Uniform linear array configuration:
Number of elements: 32
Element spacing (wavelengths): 0.25
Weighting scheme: hamming
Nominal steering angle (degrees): -60
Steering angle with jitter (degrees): -58.96
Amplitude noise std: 0.05
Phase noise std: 0.05

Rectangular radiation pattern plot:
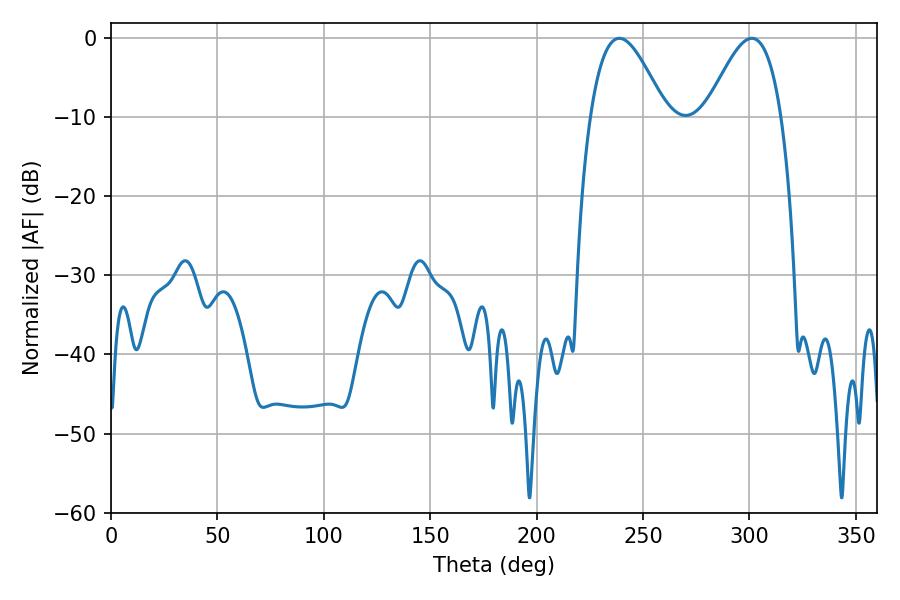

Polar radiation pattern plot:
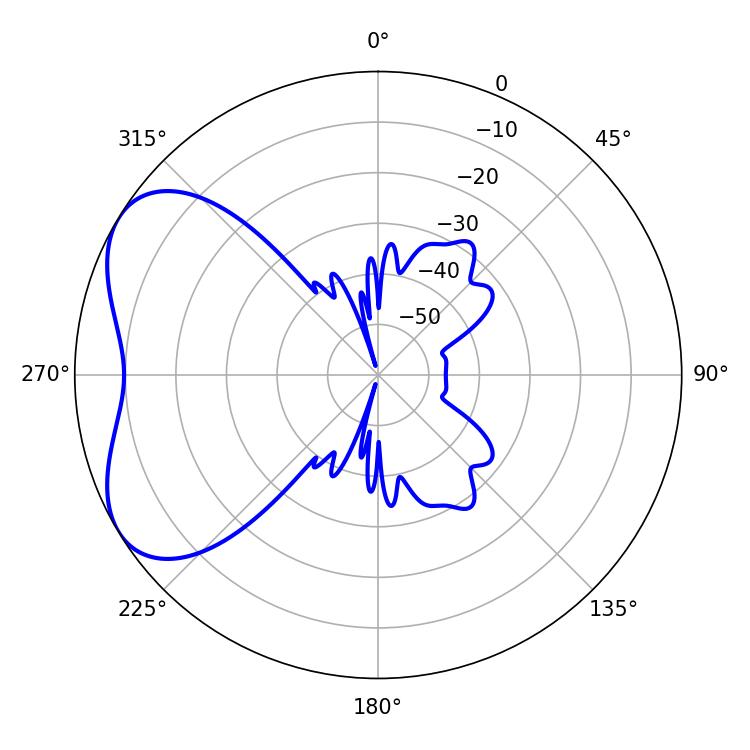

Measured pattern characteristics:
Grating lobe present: FALSE
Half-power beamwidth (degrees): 19.08
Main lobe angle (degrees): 301.14